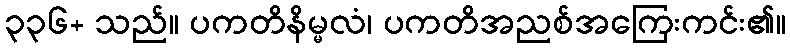
၃၃၆+ သည်။ ပကတိနိမ္မလံ၊ ပကတိအညစ်အကြေးကင်း၏။